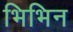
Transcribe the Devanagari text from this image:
भिभिन